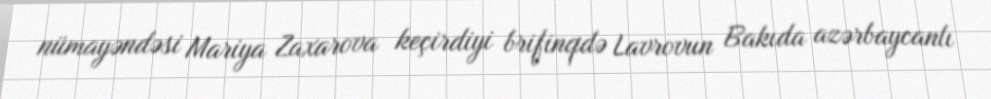
nümayəndəsi Mariya Zaxarova keçirdiyi brifinqdə Lavrovun Bakıda azərbaycanlı